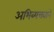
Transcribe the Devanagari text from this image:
अभिव्यक्त्याने